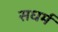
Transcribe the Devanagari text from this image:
सधर्म